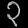
Digit: ၃